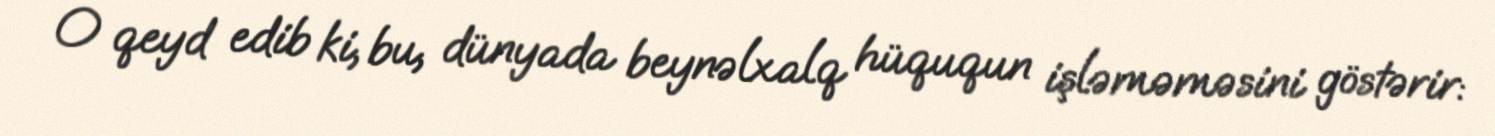
O qeyd edib ki, bu, dünyada beynəlxalq hüququn işləməməsini göstərir: